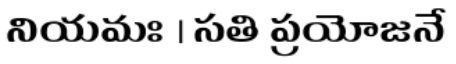
నియమః । సతి ప్రయోజనే